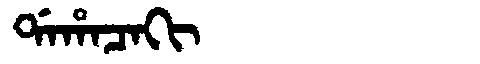
Manchu: ᡩᠠᡥᠠᠴᠠᡴᡳ
Romanization: DAHACAKI